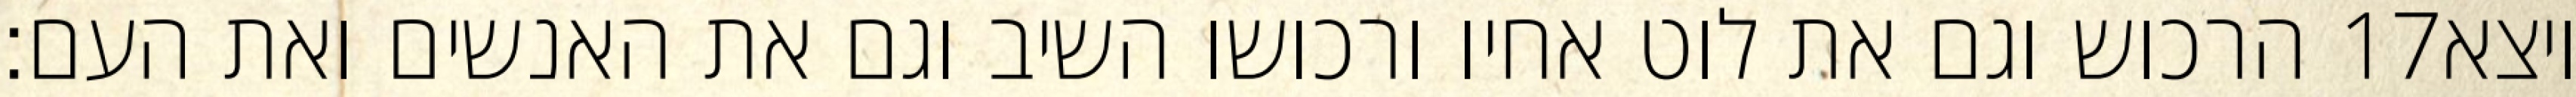
הרכוש וגם את לוט אחיו ורכושו השיב וגם את האנשים ואת העם׃ ‎17‏ ויצא